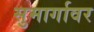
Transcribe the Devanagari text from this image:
सुमार्गावर